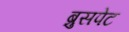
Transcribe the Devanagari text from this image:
ब्रुसपेट